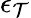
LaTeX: \epsilon_{\mathcal{T}}